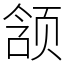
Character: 颔